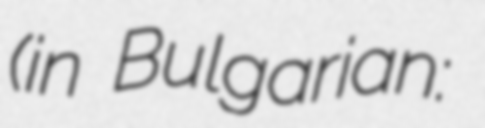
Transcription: (in Bulgarian: Петко